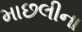
માછલીના